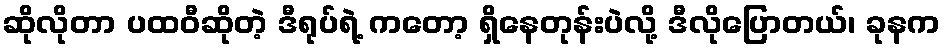
ဆိုလိုတာ ပထဝီဆိုတဲ့ ဒီရုပ်ရဲ့ ကတော့ ရှိနေတုန်းပဲလို့ ဒီလိုပြောတယ်၊ ခုနက